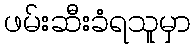
ဖမ်းဆီးခံရသူမှာ